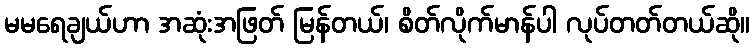
မမရေချယ်ဟာ အဆုံးအဖြတ် မြန်တယ်၊ စိတ်လိုက်မာန်ပါ လုပ်တတ်တယ်ဆို။